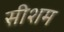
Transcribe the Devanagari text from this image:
सीशम